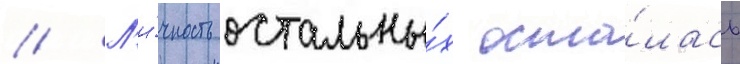
// Л'и́чность остальны́х оста́лась